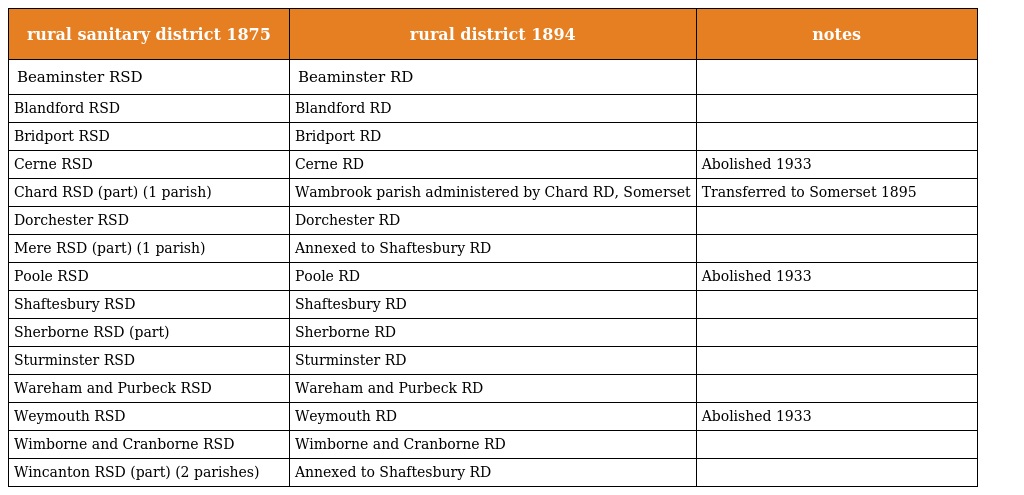
| rural sanitary district 1875 | rural district 1894 | notes |
 | --- | --- | --- |
 | Beaminster RSD | Beaminster RD |  |
 | Blandford RSD | Blandford RD |  |
 | Bridport RSD | Bridport RD |  |
 | Cerne RSD | Cerne RD | Abolished 1933 |
 | Chard RSD (part) (1 parish) | Wambrook parish administered by Chard RD, Somerset | Transferred to Somerset 1895 |
 | Dorchester RSD | Dorchester RD |  |
 | Mere RSD (part) (1 parish) | Annexed to Shaftesbury RD |  |
 | Poole RSD | Poole RD | Abolished 1933 |
 | Shaftesbury RSD | Shaftesbury RD |  |
 | Sherborne RSD (part) | Sherborne RD |  |
 | Sturminster RSD | Sturminster RD |  |
 | Wareham and Purbeck RSD | Wareham and Purbeck RD |  |
 | Weymouth RSD | Weymouth RD | Abolished 1933 |
 | Wimborne and Cranborne RSD | Wimborne and Cranborne RD |  |
 | Wincanton RSD (part) (2 parishes) | Annexed to Shaftesbury RD |  |